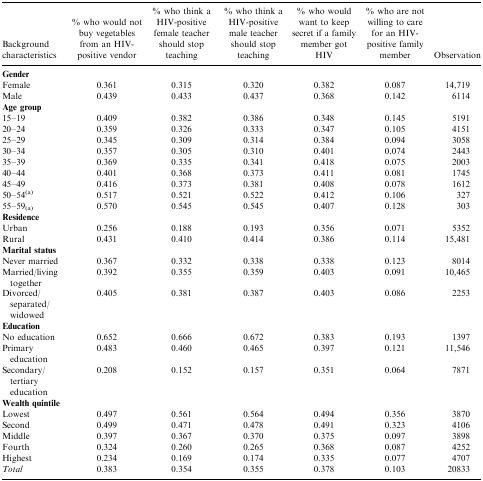
<table><thead><tr><td><b>Background characteristics</b></td><td><b>% who would not buy vegetables from an HIV-positive vendor</b></td><td><b>% who think a HIV-positive female teacher should stop teaching</b></td><td><b>% who think a HIV-positive male teacher should stop teaching</b></td><td><b>% who would want to keep secret if a family member got HIV</b></td><td><b>% who are not willing to care for an HIV-positive family member</b></td><td><b>Observation</b></td></tr></thead><tbody><tr><td><b>Gender</b></td><td></td><td></td><td></td><td></td><td></td><td></td></tr><tr><td>Female</td><td>0.361</td><td>0.315</td><td>0.320</td><td>0.382</td><td>0.087</td><td>14,719</td></tr><tr><td>Male</td><td>0.439</td><td>0.433</td><td>0.437</td><td>0.368</td><td>0.142</td><td>6114</td></tr><tr><td><b>Age group</b></td><td></td><td></td><td></td><td></td><td></td><td></td></tr><tr><td>15–19</td><td>0.409</td><td>0.382</td><td>0.386</td><td>0.348</td><td>0.145</td><td>5191</td></tr><tr><td>20–24</td><td>0.359</td><td>0.326</td><td>0.333</td><td>0.347</td><td>0.105</td><td>4151</td></tr><tr><td>25–29</td><td>0.345</td><td>0.309</td><td>0.314</td><td>0.384</td><td>0.094</td><td>3058</td></tr><tr><td>30–34</td><td>0.357</td><td>0.305</td><td>0.310</td><td>0.401</td><td>0.074</td><td>2443</td></tr><tr><td>35–39</td><td>0.369</td><td>0.335</td><td>0.341</td><td>0.418</td><td>0.075</td><td>2003</td></tr><tr><td>40–44</td><td>0.401</td><td>0.368</td><td>0.373</td><td>0.411</td><td>0.081</td><td>1745</td></tr><tr><td>45–49</td><td>0.416</td><td>0.373</td><td>0.381</td><td>0.408</td><td>0.078</td><td>1612</td></tr><tr><td>50–54<sup>(a)</sup></td><td>0.517</td><td>0.521</td><td>0.522</td><td>0.412</td><td>0.106</td><td>327</td></tr><tr><td>55–59(<sub>a</sub>)</td><td>0.570</td><td>0.545</td><td>0.545</td><td>0.407</td><td>0.128</td><td>303</td></tr><tr><td><b>Residence</b></td><td></td><td></td><td></td><td></td><td></td><td></td></tr><tr><td>Urban</td><td>0.256</td><td>0.188</td><td>0.193</td><td>0.356</td><td>0.071</td><td>5352</td></tr><tr><td>Rural</td><td>0.431</td><td>0.410</td><td>0.414</td><td>0.386</td><td>0.114</td><td>15,481</td></tr><tr><td><b>Marital status</b></td><td></td><td></td><td></td><td></td><td></td><td></td></tr><tr><td>Never married</td><td>0.367</td><td>0.332</td><td>0.338</td><td>0.338</td><td>0.123</td><td>8014</td></tr><tr><td>Married/living together</td><td>0.392</td><td>0.355</td><td>0.359</td><td>0.403</td><td>0.091</td><td>10,465</td></tr><tr><td>Divorced/separated/widowed</td><td>0.405</td><td>0.381</td><td>0.387</td><td>0.403</td><td>0.086</td><td>2253</td></tr><tr><td><b>Education</b></td><td></td><td></td><td></td><td></td><td></td><td></td></tr><tr><td>No education</td><td>0.652</td><td>0.666</td><td>0.672</td><td>0.383</td><td>0.193</td><td>1397</td></tr><tr><td>Primary education</td><td>0.483</td><td>0.460</td><td>0.465</td><td>0.397</td><td>0.121</td><td>11,546</td></tr><tr><td>Secondary/tertiary education</td><td>0.208</td><td>0.152</td><td>0.157</td><td>0.351</td><td>0.064</td><td>7871</td></tr><tr><td><b>Wealth quintile</b></td><td></td><td></td><td></td><td></td><td></td><td></td></tr><tr><td>Lowest</td><td>0.497</td><td>0.561</td><td>0.564</td><td>0.494</td><td>0.356</td><td>3870</td></tr><tr><td>Second</td><td>0.499</td><td>0.471</td><td>0.478</td><td>0.491</td><td>0.323</td><td>4106</td></tr><tr><td>Middle</td><td>0.397</td><td>0.367</td><td>0.370</td><td>0.375</td><td>0.097</td><td>3898</td></tr><tr><td>Fourth</td><td>0.324</td><td>0.260</td><td>0.265</td><td>0.368</td><td>0.087</td><td>4252</td></tr><tr><td>Highest</td><td>0.234</td><td>0.169</td><td>0.174</td><td>0.335</td><td>0.077</td><td>4707</td></tr><tr><td><i>Total</i></td><td>0.383</td><td>0.354</td><td>0.355</td><td>0.378</td><td>0.103</td><td>20833</td></tr></tbody></table>